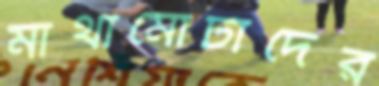
মাথামোটাদের